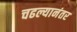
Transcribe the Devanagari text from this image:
चढल्यानंतर